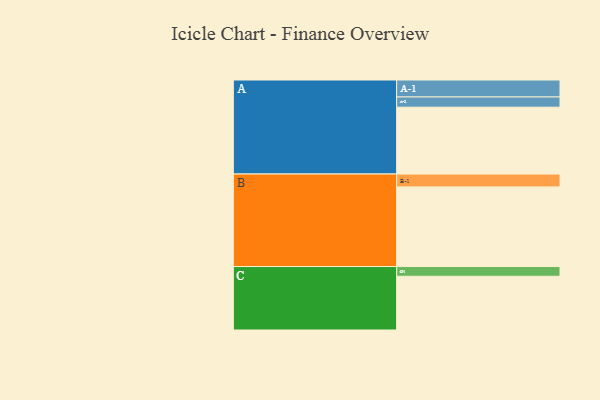
{"axis": {"x": "Segment", "y": "Value"}, "legend": ["", "A", "B", "C"], "data": [{"x": "A", "y": 398, "type": ""}, {"x": "B", "y": 474, "type": ""}, {"x": "C", "y": 320, "type": ""}, {"x": "A-1", "y": 101, "type": "A"}, {"x": "A-2", "y": 61, "type": "A"}, {"x": "B-1", "y": 77, "type": "B"}, {"x": "C-1", "y": 58, "type": "C"}]}